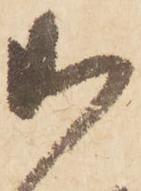
御